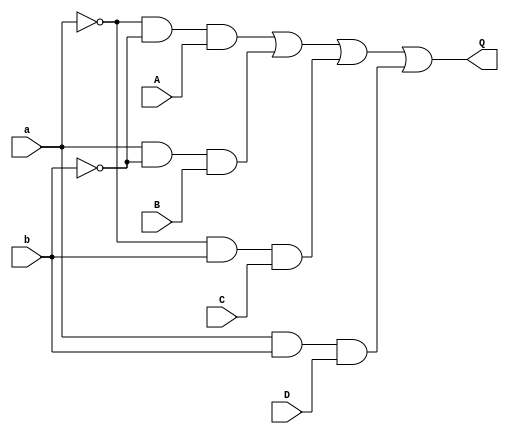
`timescale 1ns / 1ps
//////////////////////////////////////////////////////////////////////////////////
// Company: 
// Engineer: 
// 
// Design Name: 
// Module Name: Four_to_one_Mux_DataFlow
// Project Name: 
// Target Devices: 
// Tool Versions: 
// Description: 
// 
// Dependencies: 
// 
// Revision:
// Revision 0.01 - File Created
// Additional Comments:
// 
//////////////////////////////////////////////////////////////////////////////////


module Four_to_one_Mux_DataFlow(A, B, C, D, a, b, Q);
input A, B, C, D, a, b;
output Q;

assign P1 = ~a & ~b & A; // bitwise operators
assign P2 = a & ~b & B;
assign P3 = ~a & b & C;
assign P4 = a & b & D;

assign Q = P1 | P2| P3 |P4;

endmodule